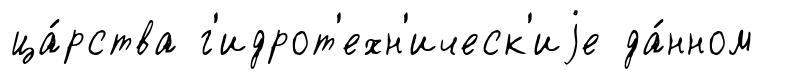
ца́рства г'идрот'ехн'ическ'иjе да́нном